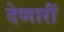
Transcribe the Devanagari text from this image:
देणारीं